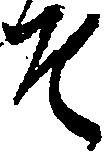
そ